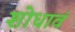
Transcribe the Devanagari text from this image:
शोधावं